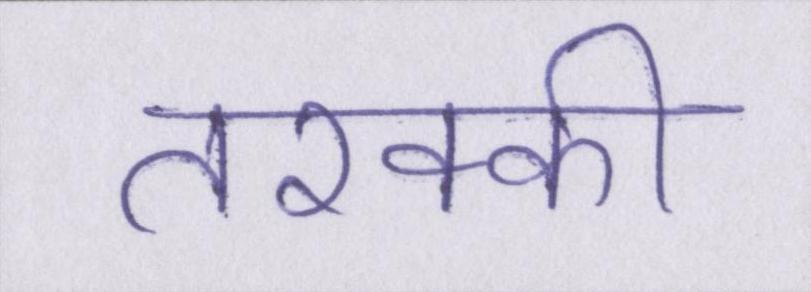
तरक्की